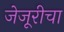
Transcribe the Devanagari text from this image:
जेजूरीचा